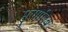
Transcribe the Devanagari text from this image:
मुत्ग़ालिब